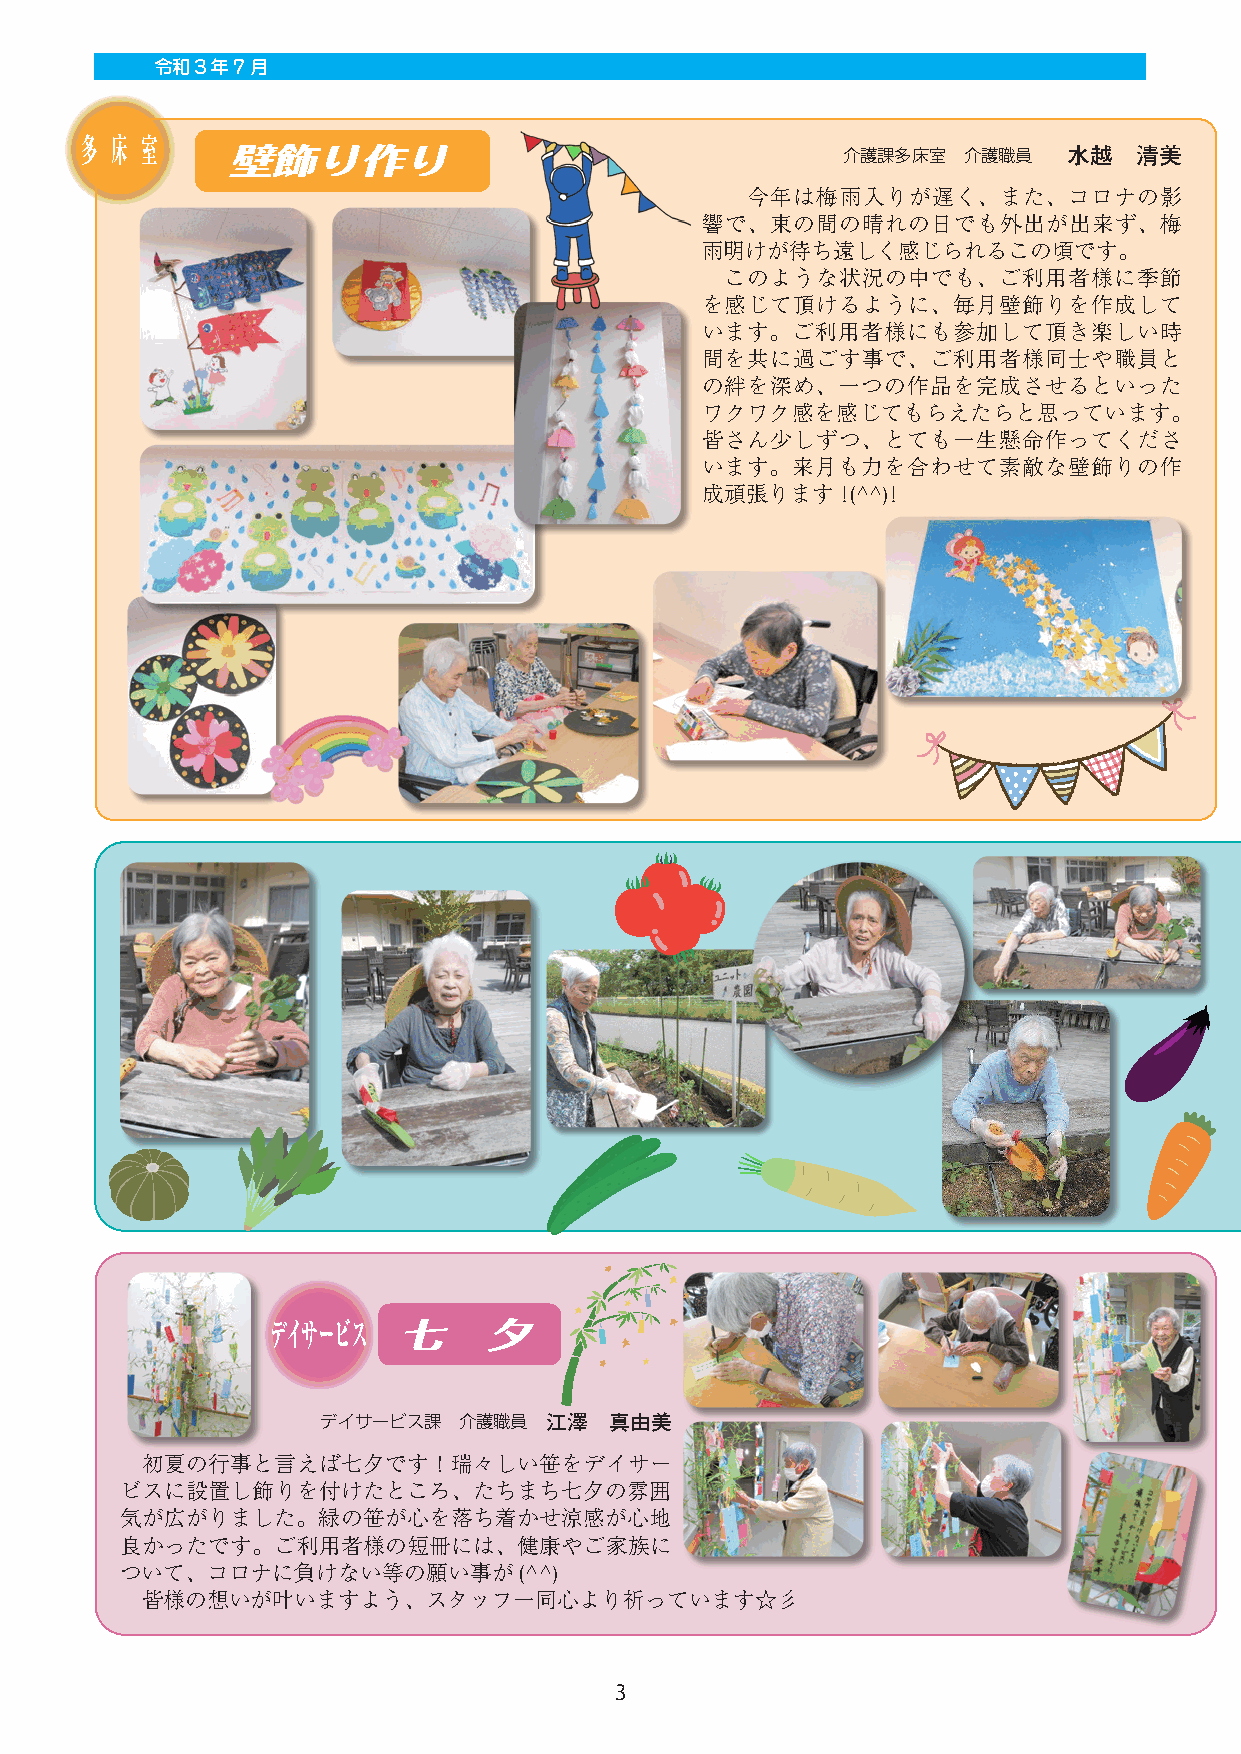
令和３年7月
 多 床 室
 壁飾り作り                                    介護課多床室  介護職員   水越  清美
 今年は梅雨入りが遅く、また、コロナの影
 響で、束の間の晴れの日でも外出が出来ず、梅
 雨明けが待ち遠しく感じられるこの頃です。
 このような状況の中でも、ご利用者様に季節
 を感じて頂けるように、毎月壁飾りを作成して
 います。ご利用者様にも参加して頂き楽しい時
 間を共に過ごす事で、ご利用者様同士や職員と
 の絆を深め、一つの作品を完成させるといった
 ワクワク感を感じてもらえたらと思っています。
 皆さん少しずつ、とても一生懸命作ってくださ
 います。来月も力を合わせて素敵な壁飾りの作
 成頑張ります!(^^)!
 デイサービス  七     夕
 デイサービス課  介護職員  江澤  真由美
 初夏の行事と言えば七夕です！瑞々しい笹をデイサー
 ビスに設置し飾りを付けたところ、たちまち七夕の雰囲
 気が広がりました。緑の笹が心を落ち着かせ涼感が心地
 良かったです。ご利用者様の短冊には、健康やご家族に
 ついて、コロナに負けない等の願い事が(^^)
 皆様の想いが叶いますよう、スタッフ一同心より祈っています☆彡
 3